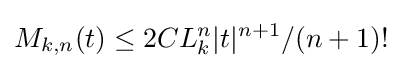
M_{k,n}(t)\leq 2CL_{k}^{n}|t|^{n+1}/(n+1)!